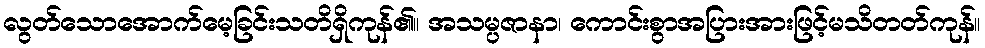
လွတ်သောအောက်မေ့ခြင်းသတိရှိကုန်၏။ အသမ္ပဇာနာ၊ ကောင်းစွာအပြားအားဖြင့်မသိတတ်ကုန်။